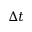
\Delta t